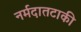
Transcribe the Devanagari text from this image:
नर्मदातटाकी